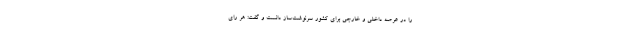
را در عرصه داخلی و خارجی برای کشور سرنوشت‌ساز دانست و گفت: هر رای